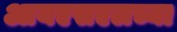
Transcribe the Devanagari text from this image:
आयएसएलच्या